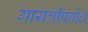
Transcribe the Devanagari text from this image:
गायत्रीप्रबोध